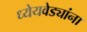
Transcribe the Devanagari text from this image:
ध्येयवेड्यांना